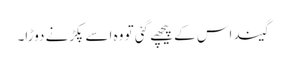
گیند اس کے پیچھے گئی تو وہ اسے پکڑنے دوڑا۔